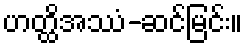
ဟတ္ထိအဿံ-ဆင်မြင်း။